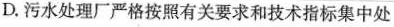
D.污水处理厂严格按照有关要求和技术指标集中处